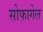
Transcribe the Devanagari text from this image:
सोफागेल